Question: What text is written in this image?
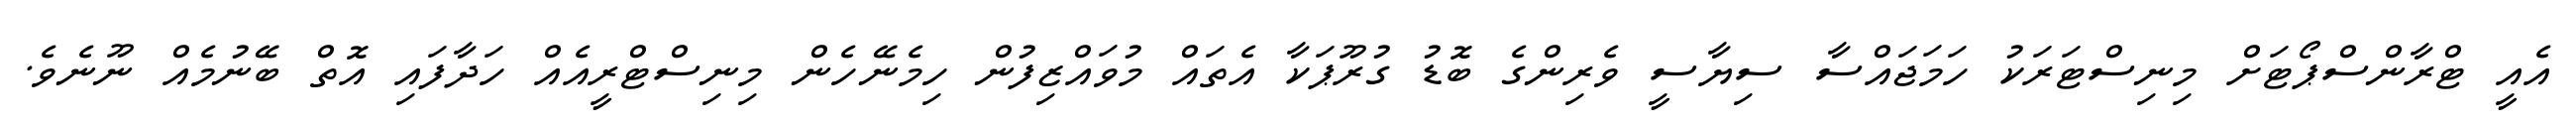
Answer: އެއީ ޓްރާންސްޕޯޓަށް މިނިސްޓަރަކު ހަމަޖައްސާ ސިޔާސީ ވެރިންގެ ބޮޑު ގުރޫޕަކާ އެތައް މުވައްޒިފުން ހިމެނޭހެން މިނިސްޓްރީއެއް ހަދާފައި އޮތް ބޭނުމެއް ނޫނެވެ.